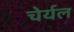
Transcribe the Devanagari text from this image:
चेर्यल